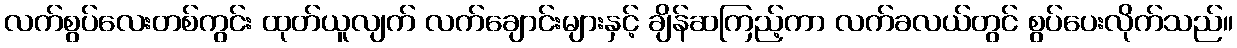
လက်စွပ်လေးတစ်ကွင်း ထုတ်ယူလျက် လက်ချောင်းများနှင့် ချိန်ဆကြည့်ကာ လက်ခလယ်တွင် စွပ်ပေးလိုက်သည်။